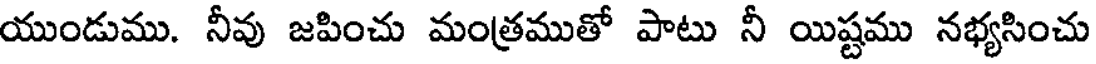
యుండుము. నీవు జపించు మంత్రముతో పాటు నీ యిష్టము నభ్యసించు